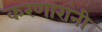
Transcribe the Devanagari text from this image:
करणारांनी